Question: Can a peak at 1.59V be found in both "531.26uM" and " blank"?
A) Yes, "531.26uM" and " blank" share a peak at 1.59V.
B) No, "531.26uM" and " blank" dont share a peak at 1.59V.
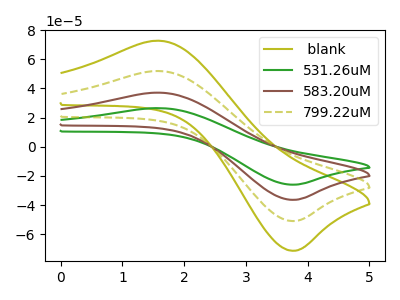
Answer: <think>The olive curve " blank" has an anodic peak at (1.60V, 111.45uA) and a cathodic peak at (3.70V, -109.20uA). The green curve "531.26uM" has an anodic peak at (1.60V, 26.55uA) and a cathodic peak at (3.70V, -26.00uA). The brown curve "583.20uM" has an anodic peak at (1.60V, 37.15uA) and a cathodic peak at (3.70V, -36.40uA). The olive dashed curve "799.22uM" has an anodic peak at (1.60V, 74.30uA) and a cathodic peak at (3.70V, -72.80uA).</think>
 <answer>A) Yes, "531.26uM" and " blank" share a peak at 1.59V.</answer>
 <eval>A</eval>